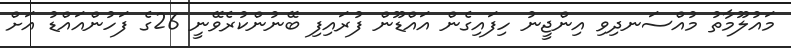
މައުލޫމާތު މުއްސަނދިވި އިންޖީނު ހިފައިގެން އައްޑޫން ފުރައިފި ބޭނުންކުރެވޭނީ 26ގެ ފަހުންއައްޑު އަށް